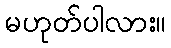
မဟုတ်ပါလား။